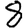
Digit: 8